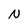
Character: N